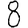
Digit: 8